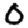
Digit: 0